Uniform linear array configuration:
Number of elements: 24
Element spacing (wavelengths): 0.75
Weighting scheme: exponential
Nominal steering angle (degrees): -15
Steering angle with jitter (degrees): -13.562
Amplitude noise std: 0.05
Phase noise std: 0.05

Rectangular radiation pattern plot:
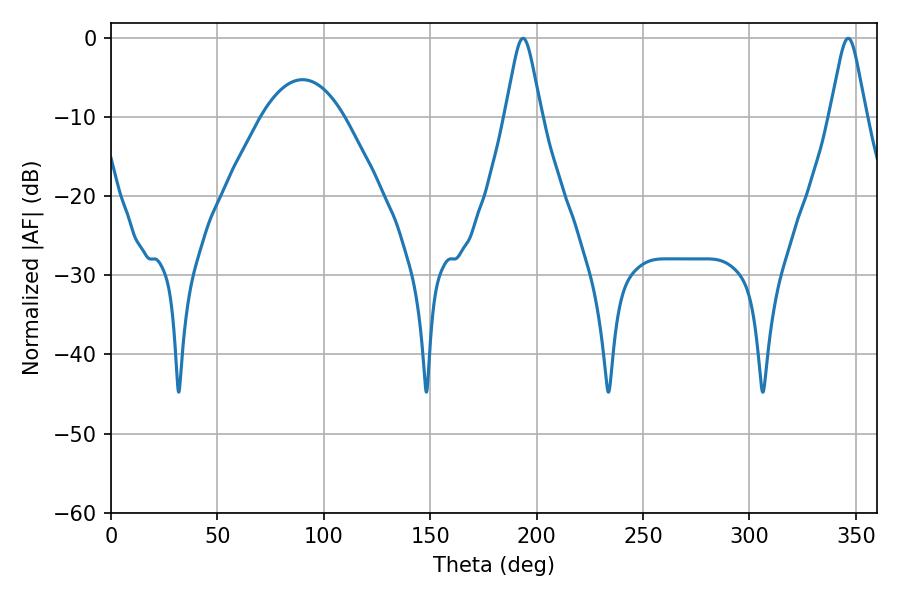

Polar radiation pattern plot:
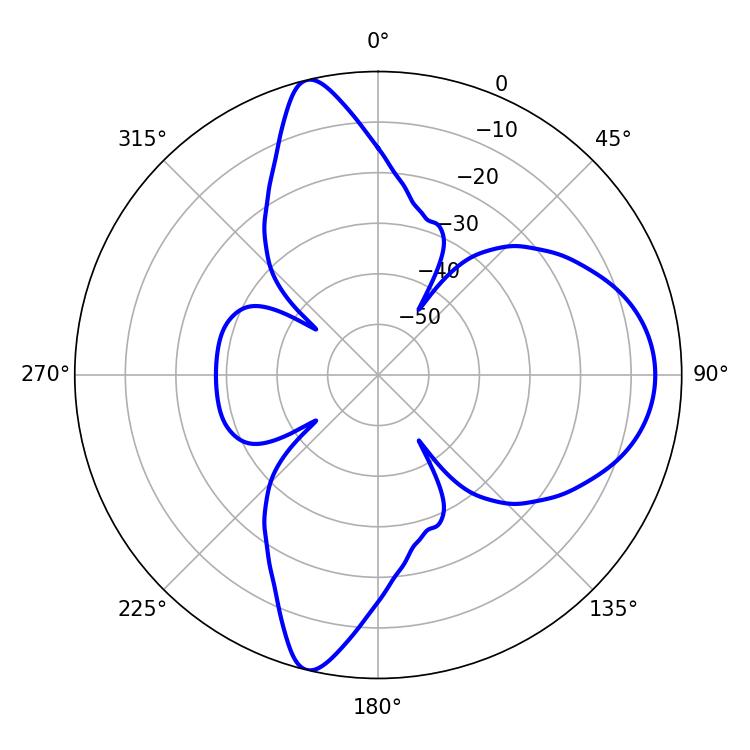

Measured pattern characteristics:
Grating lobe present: TRUE
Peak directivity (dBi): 13.435
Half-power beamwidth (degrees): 8.1
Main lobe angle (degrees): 346.32